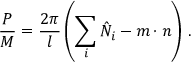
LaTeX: \frac { P } { M } = \frac { 2 \pi } { l } \left( \sum _ { i } \hat { N } _ { i } - m \cdot n \right) \, .